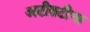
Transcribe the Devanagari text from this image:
अटीतटीचा